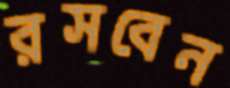
রসবেন